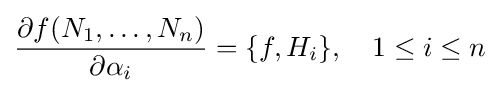
{\frac {\partial f(N_{1},\dots ,N_{n})}{\partial \alpha _{i}}}=\{f,H_{i}\},\quad 1\leq i\leq n